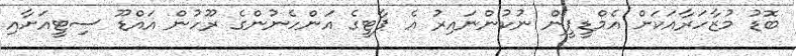
ބޮޑު މުޒާހަރާއަކަށް އެމްޑީޕީން ނުކުންނައިރު އެ ޕާޓީގެ އަންހެނުންގެ ރޫހުން އައްޑޫ ސިޓީއަށާއި